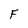
Character: F